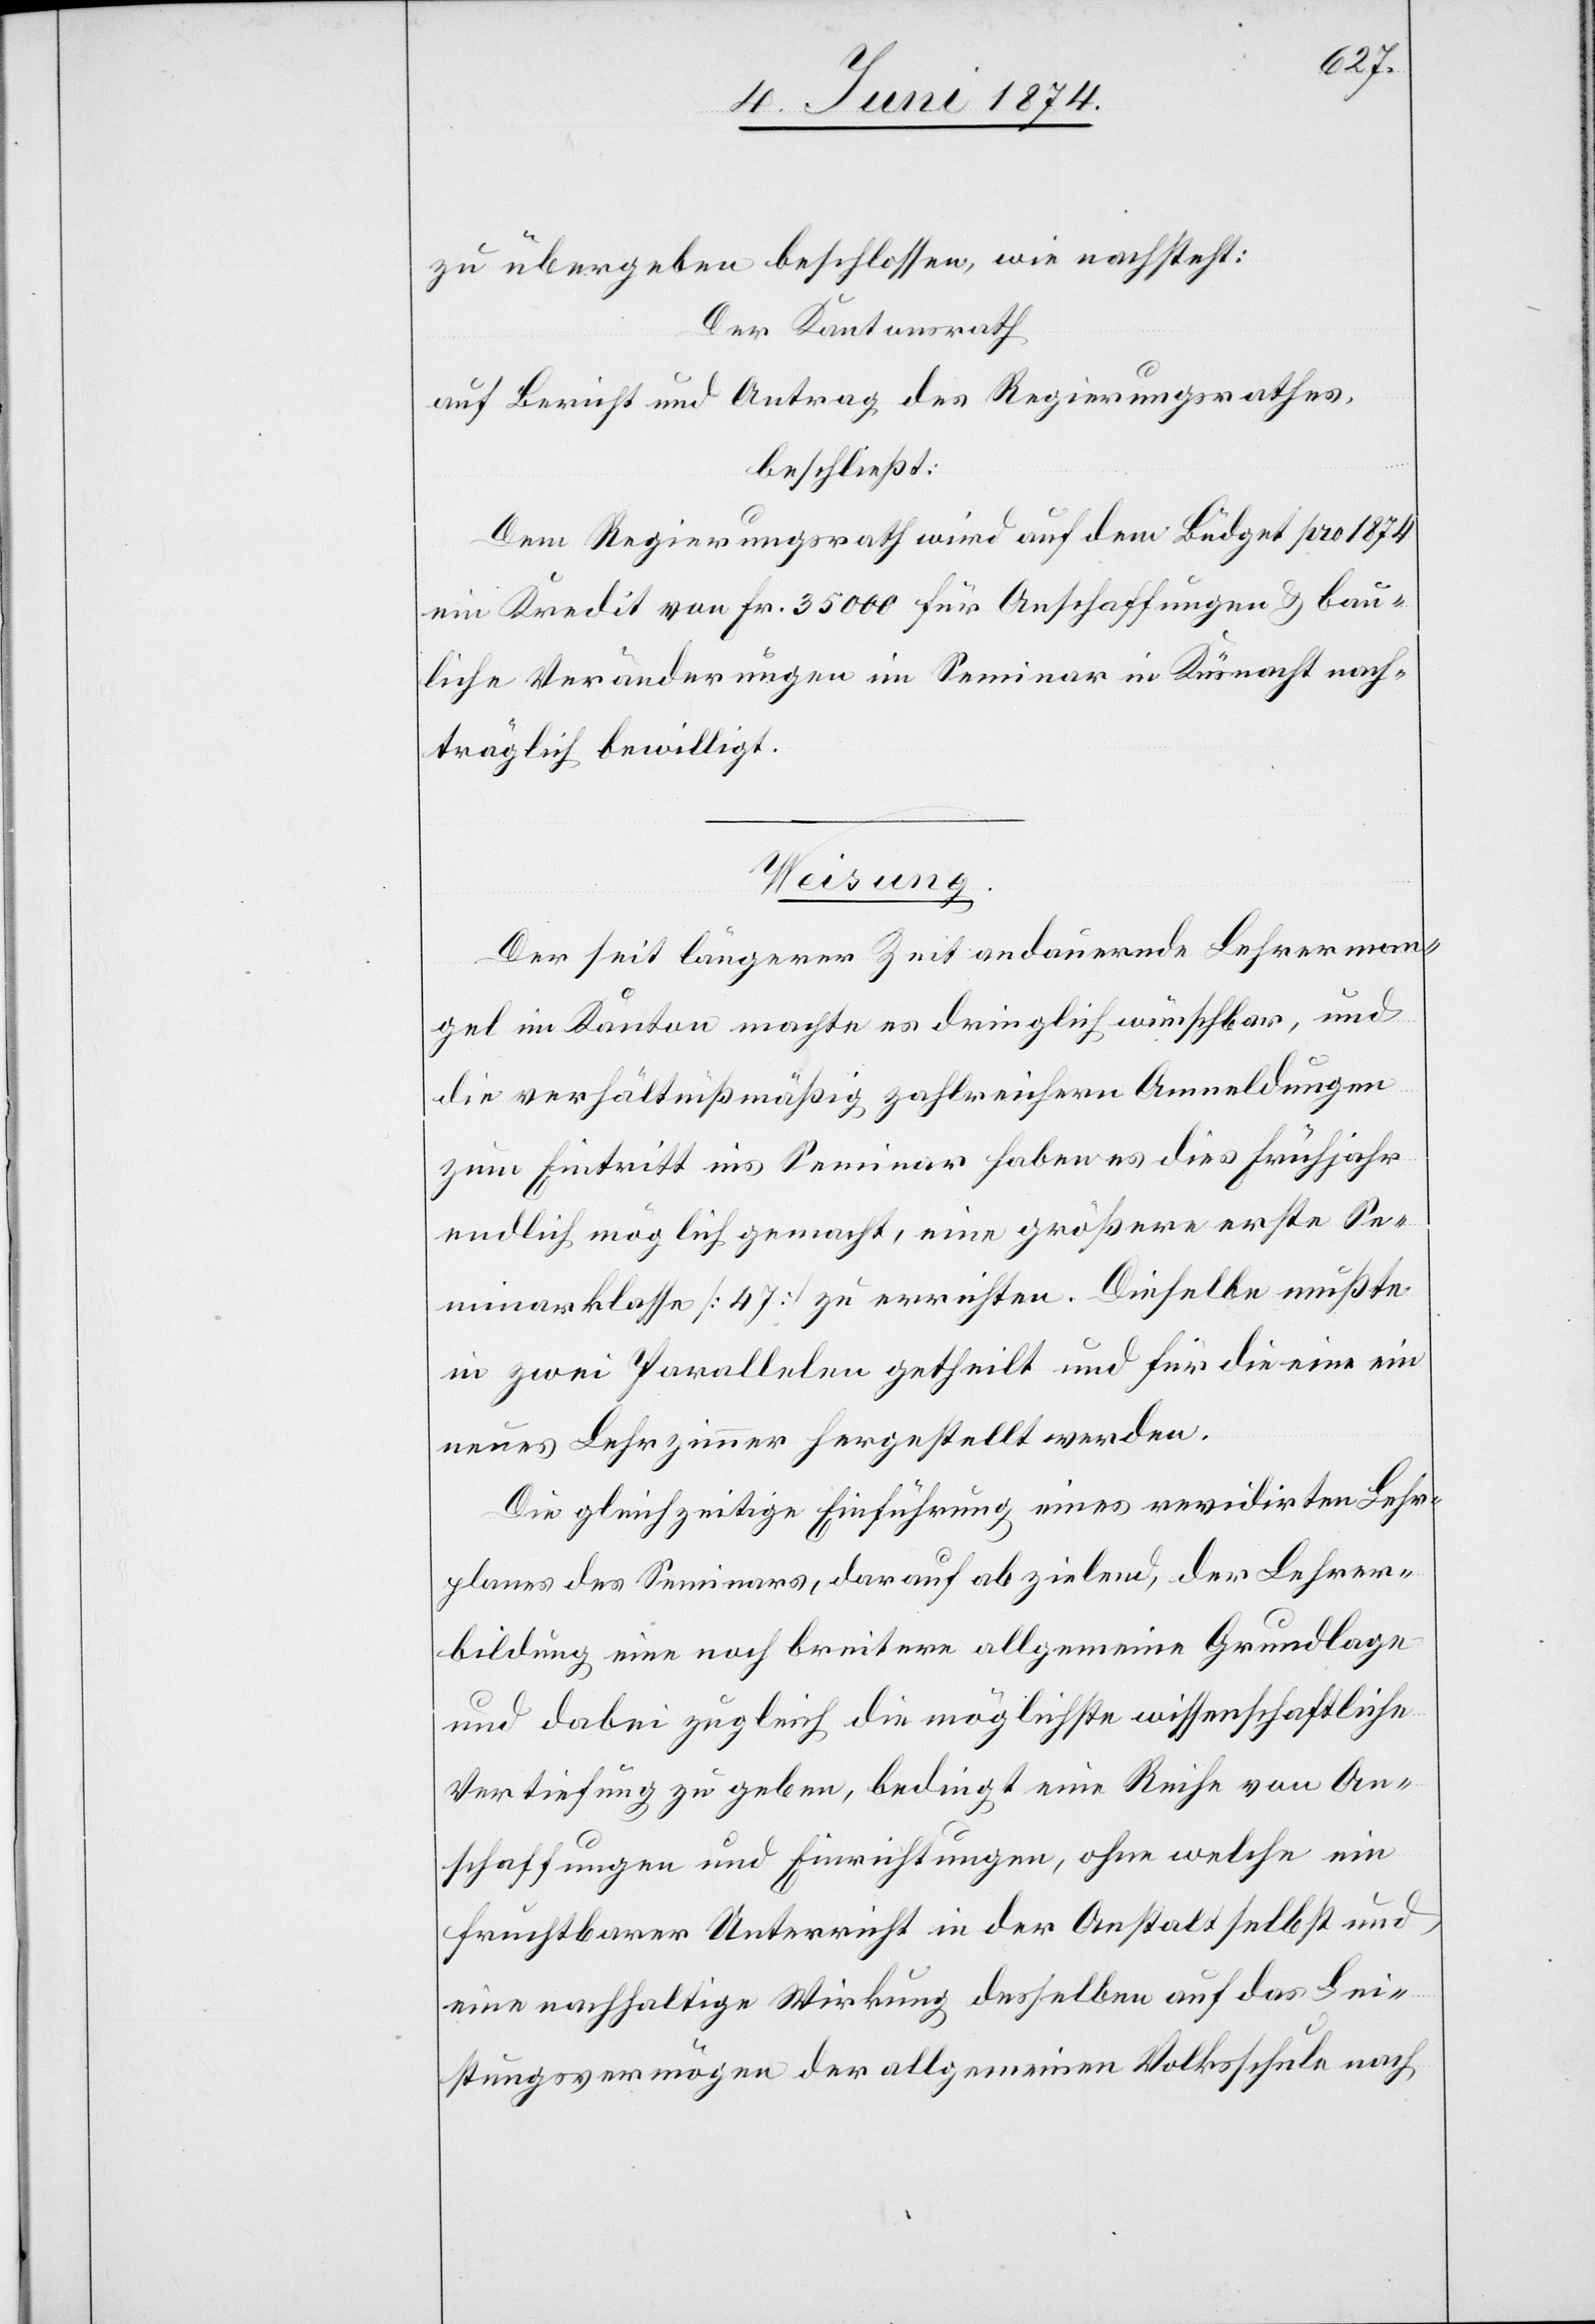
zu übergeben beschlossen, wie nachsteht:
Der Kantonsrath
auf Bericht und Antrag des Regierungsrathes,
beschließt:
Dem Regierungsrath wird auf dem Büdget pro 1874
ein Kredit von Fr. 35000 für Anschaffungen u. bau¬
liche Veränderungen im Seminar in Küsnacht nach¬
träglich bewilligt.
Weisung.
Der seit längerer Zeit andauernde Lehrerman¬
gel im Kanton machte es dringlich wünschbar, und
die verhältnißmäßig zahlreichern Anmeldungen
zum Eintritt ins Seminar haben es dies Frühjahr
endlich möglich gemacht, eine größere erste Se¬
minarklasse [47] zu errichten. Dieselbe mußte
in zwei Parallelen getheilt und für die eine ein
neues Lehrzimmer hergestellt werden.
Die gleichzeitige Einführung eines revidirten Lehr¬
planes des Seminars, darauf abzielend, der Lehrer¬
bildung eine noch breitere allgemeinen Grundlage-
und dabei zugleich die möglichste wissenschaftliche
Vertiefung zu geben, bedingt eine Reihe von An¬
schaffungen und Einrichtungen, ohne welche ein
fruchtbarer Unterricht in der Anstalt selbst und
eine nachhaltige Wirkung desselben auf das Lei¬
stungsvermögen der allgemeinen Volksschule nach